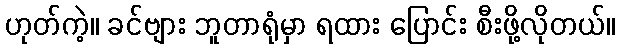
ဟုတ်ကဲ့။ ခင်ဗျား ဘူတာရုံမှာ ရထား ပြောင်း စီးဖို့လိုတယ်။